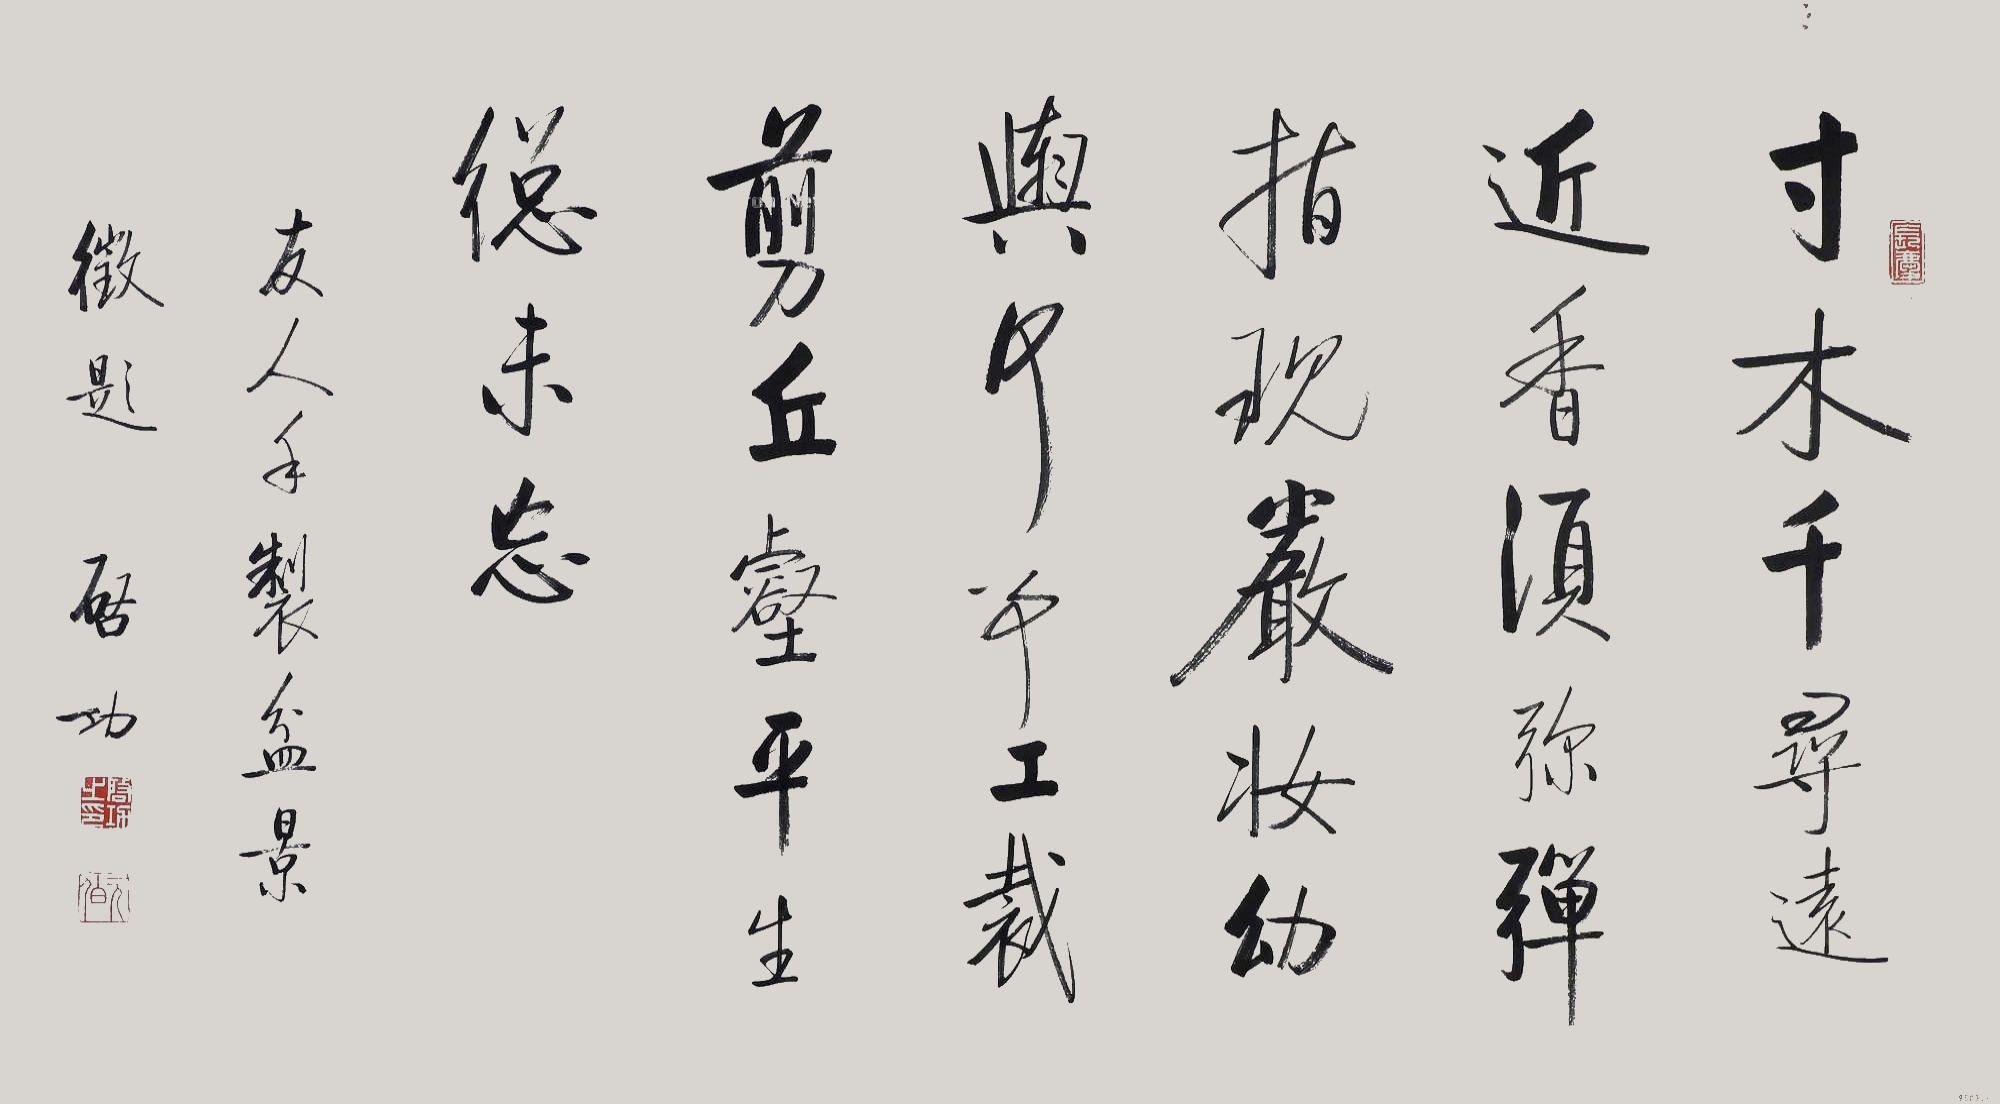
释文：寸木千寻远近香，须弥弹指现严妆。幼舆何事工裁剪，丘壑平生总未忘。友人手制盆景征题，启功。